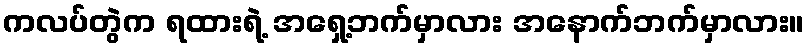
ကလပ်တွဲက ရထားရဲ့ အရှေ့ဘက်မှာလား အနောက်ဘက်မှာလား။